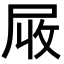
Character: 𡱙